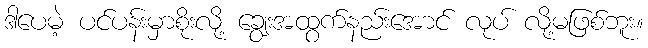
ဒါပေမဲ့ ပင်ပန်းမှာစိုးလို့ ချွေးအထွက်နည်းအောင် လုပ် လို့မဖြစ်ဘူး။